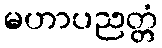
မဟာပညတ္တံ